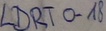
Text: LDRTO-18